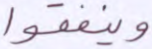
وينفقوا